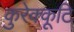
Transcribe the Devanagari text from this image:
कुरेक्कूटि